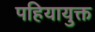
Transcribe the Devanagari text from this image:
पहियायुक्त